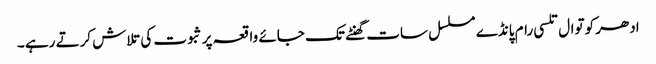
ادھر کوتوال تلسی رام پانڈے مسلسل سات گھنٹے تک جائے واقعہ پر ثبوت کی تلاش کرتے رہے ۔